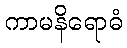
ကာမနိရောဓံ